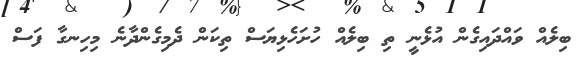
ބިލެއް ވައްދައިގެން އުޅެނީ ތި ބިލެއް ހުށަހެޅިޔަސް ތިކަން ދެމިގެންދާނެ މިހިނގާ ފަސް